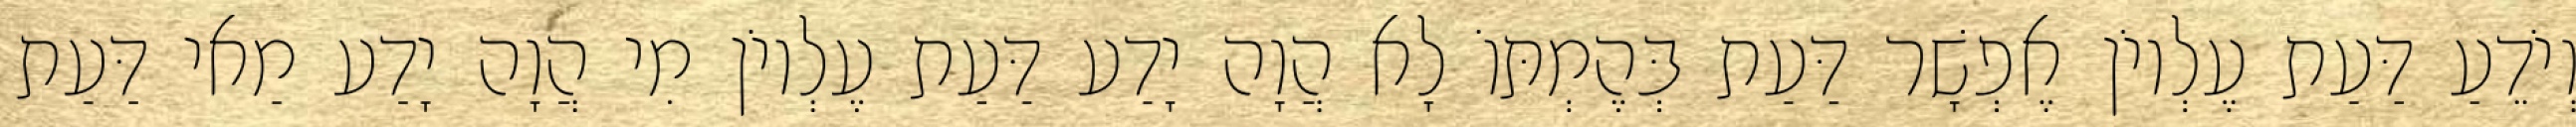
וְיֹדֵעַ דַּעַת עֶלְיוֹן אֶפְשָׁר דַּעַת בְּהֶמְתּוֹ לָא הֲוָה יָדַע דַּעַת עֶלְיוֹן מִי הֲוָה יָדַע מַאי דַּעַת